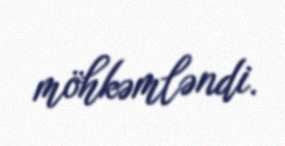
möhkəmləndi.